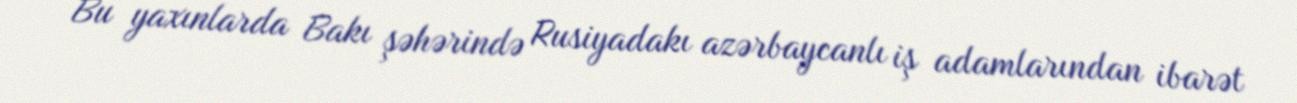
Bu yaxınlarda Bakı şəhərində Rusiyadakı azərbaycanlı iş adamlarından ibarət